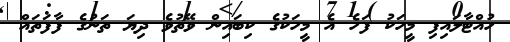
ހުއްޓާލައިފި މީހަކު ފަހެ އެ މީހަކުގެ ކިބައިން ވޭތުވެ ދިޔަ ތަނުގެ ފާފަތައް